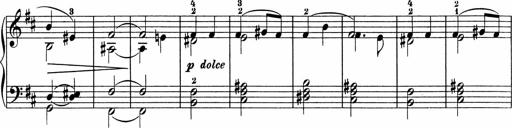
Title: 5 Sonatinen fÃ¼r die Jugend
Composer: Carl Reinecke